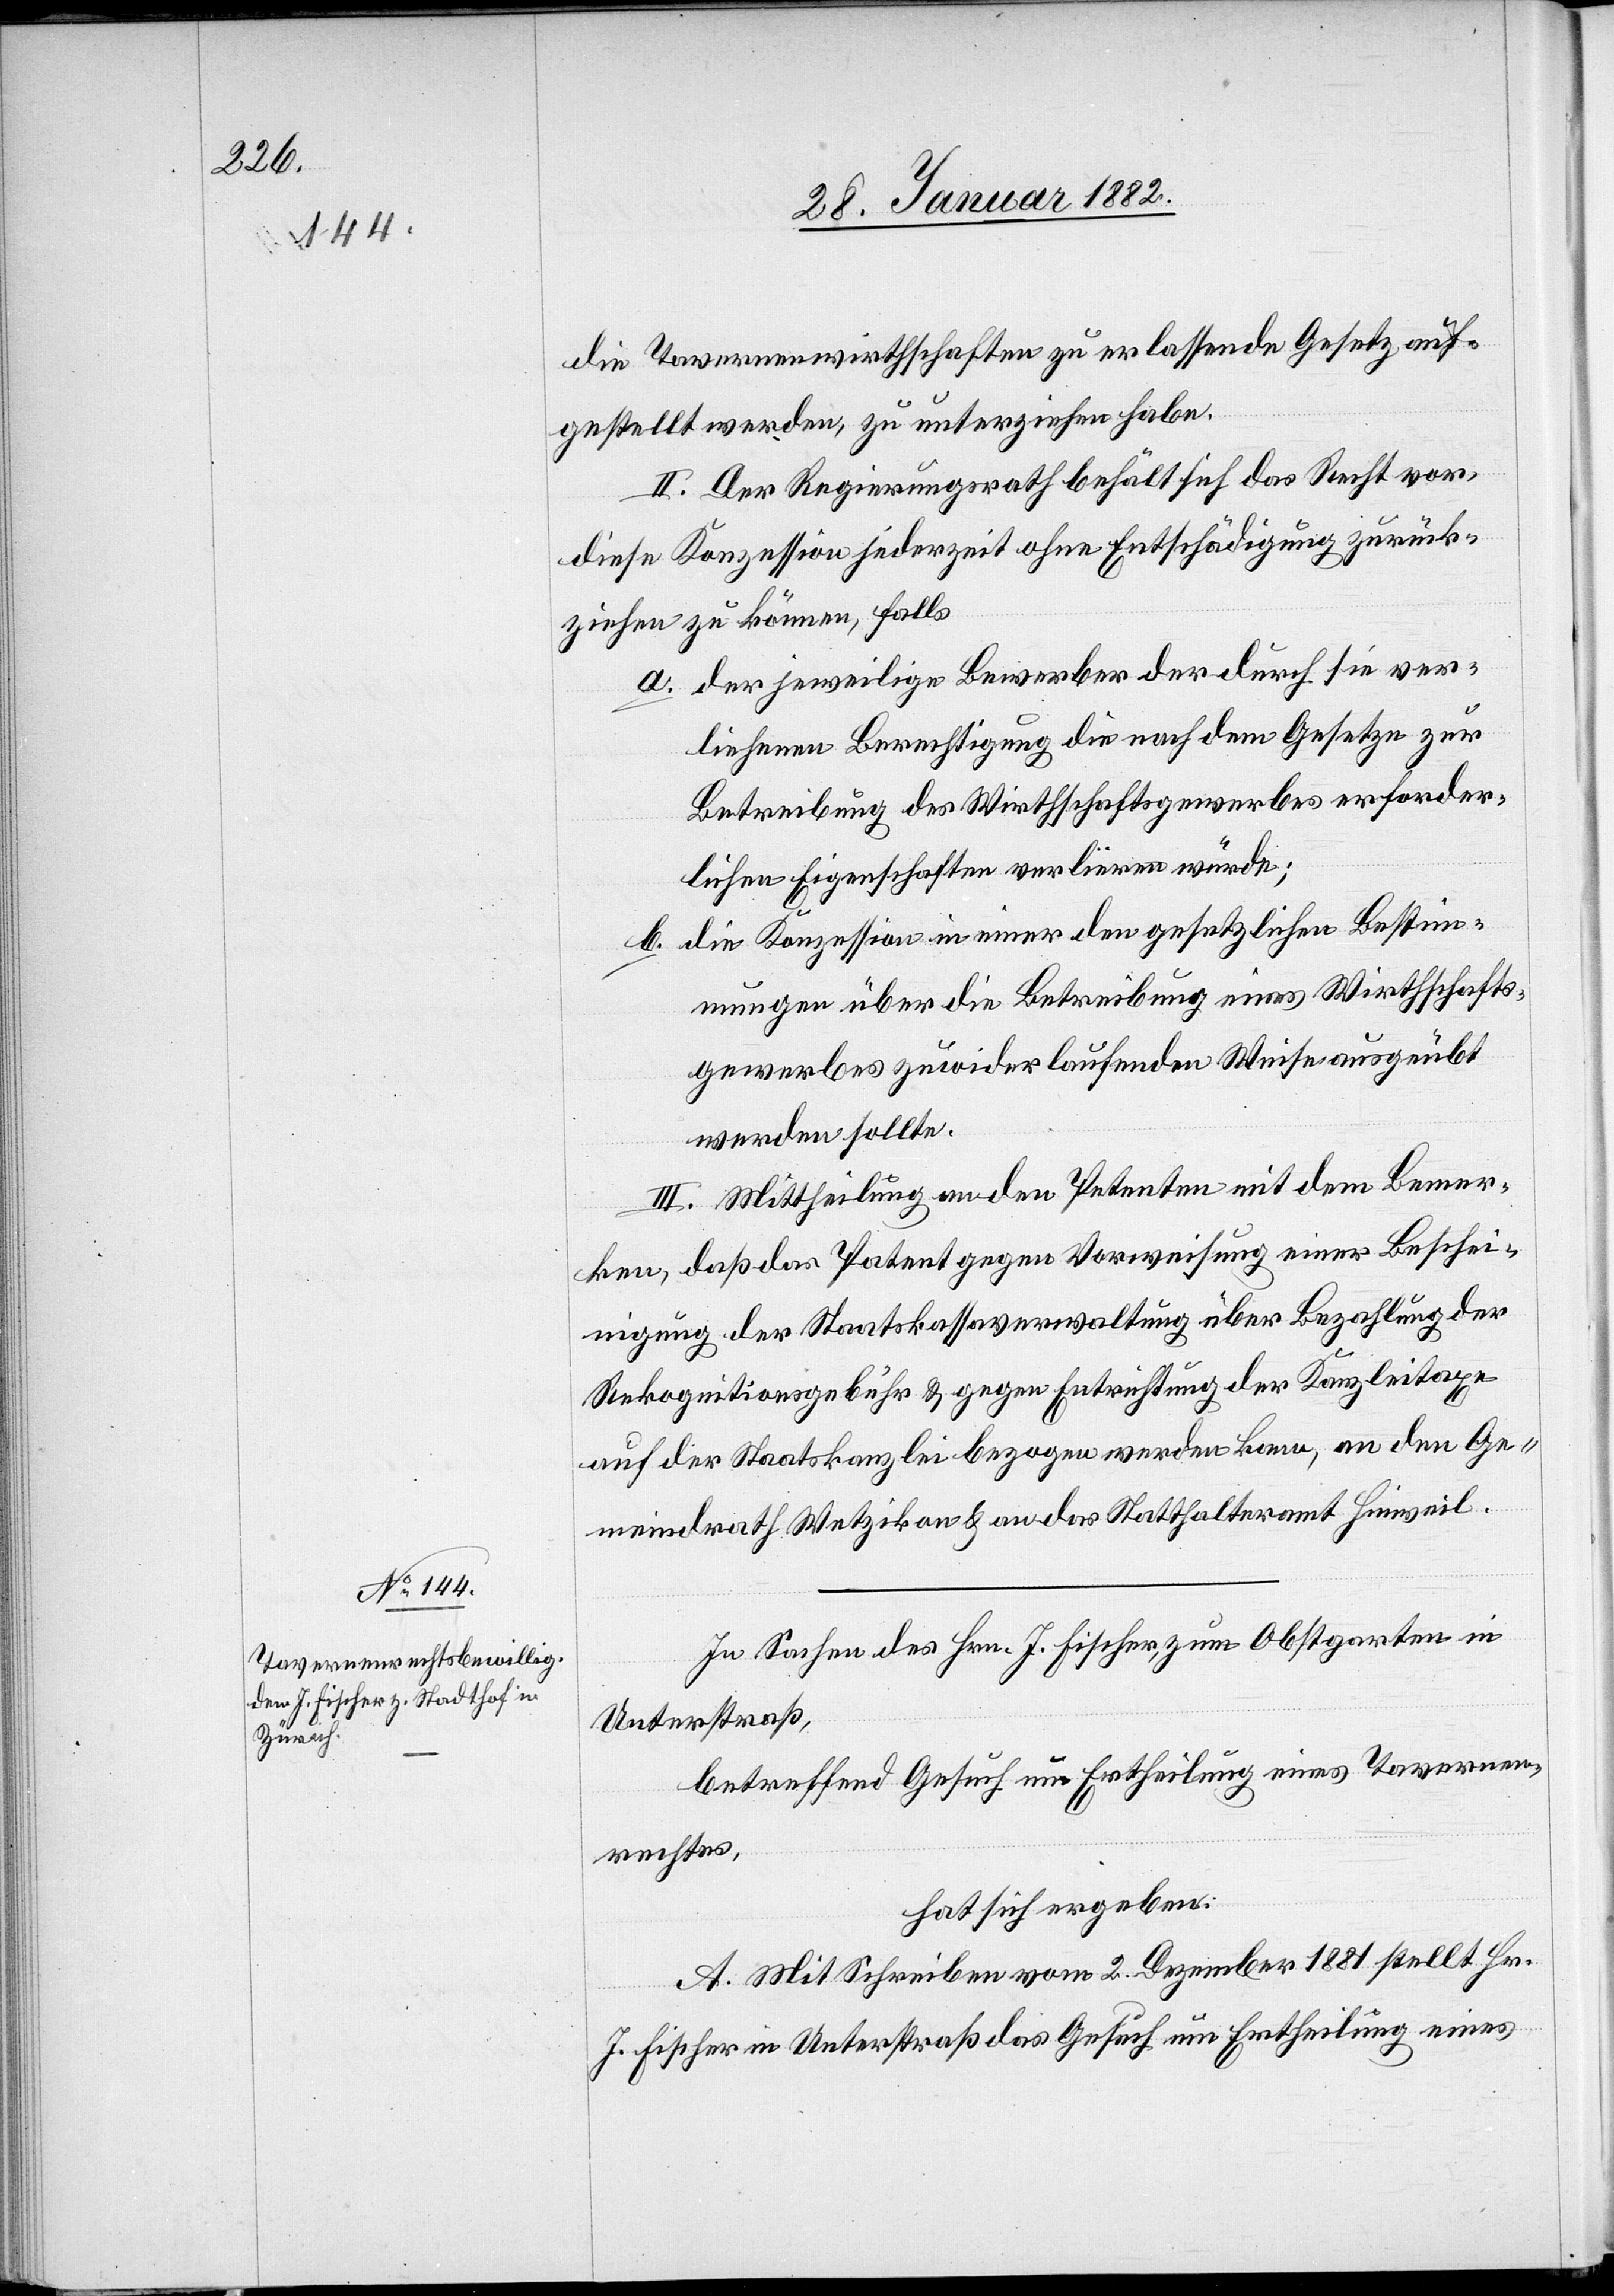
die Tavernenwirthschaften zu erlassendem Gesetz auf¬
gestellt werde, zu unterzeichnen habe.
II. Der Regierungsrath behält sich das Recht vor,
diese Konzession jederzeit ohne Entschädigung zurück¬
ziehen zu können, falls
a. der jeweilige Bewerber der durch sie ver¬
liehenen Berechtigung die nach dem Gesetze zur
Betreibung der Wirthschaftsgewerbes erforder¬
liche Eigenschaften verlieren würde;
b. die Konzession in einer den gesetzlichen Bestim¬
mungen über die Betreibung eines Wirthschafts¬
gewerbes zuwider laufenden Weise ausgeübt
werden sollte.
III. Mittheilung an den Petenten mit dem Bemer¬
ken, daß das Patent gegen Vorweisung einer Beschei¬
nigung der Staatskassaverwaltung über Bezahlung der
Rekognitionsgebühr & gegen Entrichtung der Kanzleitaxe
auf der Staatskanzlei bezogen werden kann, an den Ge¬
meindrath Wetzikon & an das Statthalteramt Hinweil.
In Sachen des Hrn. J. Fischer, zum Obstgarten in
Unterstraß,
betreffend Gesuch um Ertheilung eines Tavernen¬
rechtes,
hat sich ergeben:
A. Mit Schreiben vom 2. Dezember 1881 stellt Hr.
J. Fischer in Unterstraß das Gesuch um Ertheilung eines